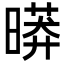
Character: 㬒